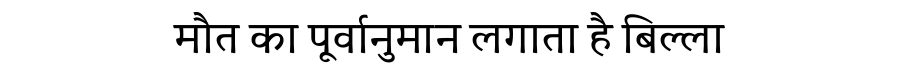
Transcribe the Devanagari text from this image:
मौत का पूर्वानुमान लगाता है बिल्ला